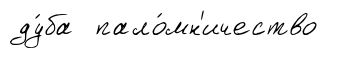
ду́ба пало́мн'ичество